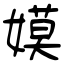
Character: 嫫